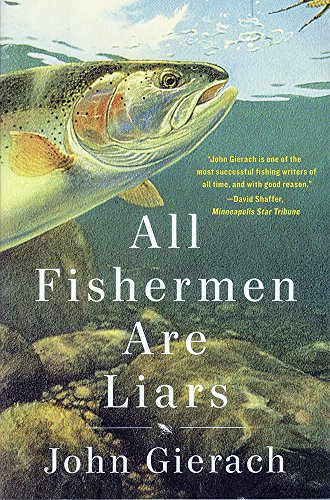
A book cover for All Fishermen Are Liars; John Gierach; Humor & Entertainment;